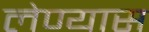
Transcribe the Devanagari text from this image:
लेण्यास